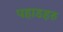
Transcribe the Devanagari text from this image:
पहाडहरु